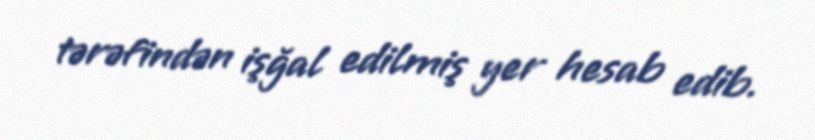
tərəfindən işğal edilmiş yer hesab edib.